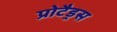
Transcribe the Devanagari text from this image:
प्रोटैड्रस